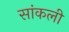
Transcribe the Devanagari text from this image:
सांकली